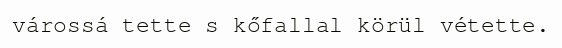
várossá tette s kőfallal körül vétette.